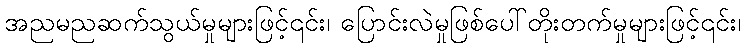
အညမညဆက်သွယ်မှုများဖြင့်၎င်း၊ ပြောင်းလဲမှုဖြစ်ပေါ်တိုးတက်မှုများဖြင့်၎င်း၊